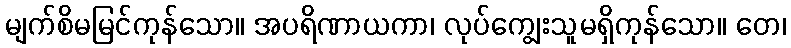
မျက်စိမမြင်ကုန်သော။ အပရိဏာယကာ၊ လုပ်ကျွေးသူမရှိကုန်သော။ တေ၊